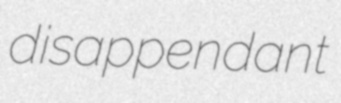
disappendant